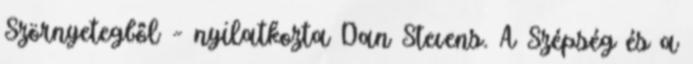
Szörnyetegből – nyilatkozta Dan Stevens. A Szépség és a